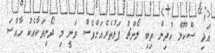
އަދި ސްކޫލް ކުދިން ތިބި ލޯންޗު ފަޅުތެރެއަށްވެސް ވަނީ މި ދޯނިތަކާއެކު ހާއްސަ